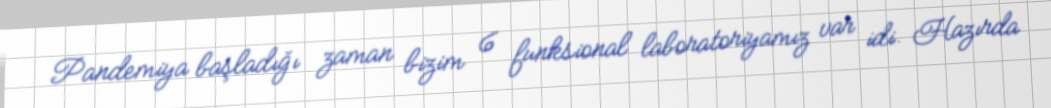
Pandemiya başladığı zaman bizim 6 funksional laboratoriyamız var idi. Hazırda